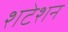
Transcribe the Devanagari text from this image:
शटेशन